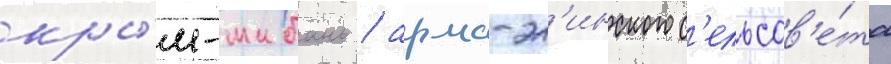
кры́м-шибань / арма-эл'инского с'ельсов'е́та